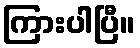
ကြားပါပြီ။